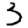
Digit: 3